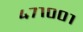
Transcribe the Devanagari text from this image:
४७१००१